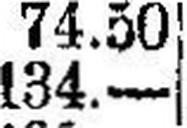
134.—